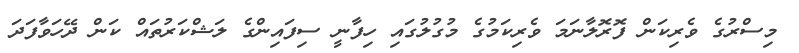
މިސްރުގެ ވެރިކަން ފޮރޮލާނަމަ ވެރިކަމުގެ މުގުލުގައި ހިފާނީ ސިފައިންގެ ލަޝްކަރުތައް ކަން ދޭހަވާފަދަ